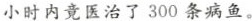
小时内竟医治了300条病鱼。